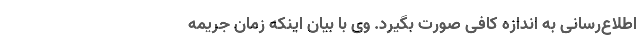
اطلاع‌رسانی به اندازه کافی صورت بگیرد. وی با بیان اینکه زمان جریمه